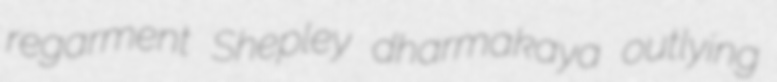
regarment Shepley dharmakaya outlying